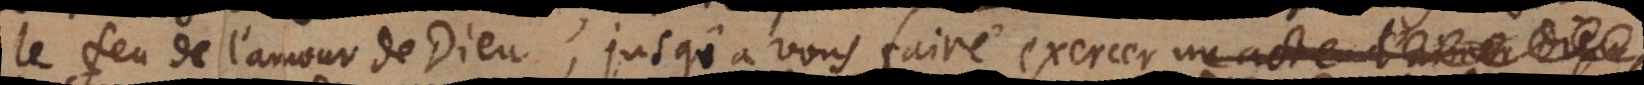
le feu de l’amour de Dieu, jusqu’à vous faire exercer un acte